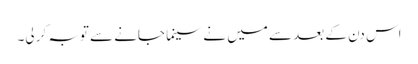
اس دن کے بعد سے میں نے سینما جانے سے توبہ کر لی۔